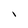
Character: 1